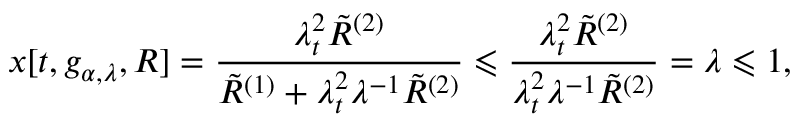
x [ t , g _ { \alpha , \lambda } , R ] = \frac { \lambda _ { t } ^ { 2 } \tilde { R } ^ { ( 2 ) } } { \tilde { R } ^ { ( 1 ) } + \lambda _ { t } ^ { 2 } \lambda ^ { - 1 } \tilde { R } ^ { ( 2 ) } } \leqslant \frac { \lambda _ { t } ^ { 2 } \tilde { R } ^ { ( 2 ) } } { \lambda _ { t } ^ { 2 } \lambda ^ { - 1 } \tilde { R } ^ { ( 2 ) } } = \lambda \leqslant 1 ,